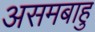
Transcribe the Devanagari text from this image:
असमबाहु